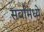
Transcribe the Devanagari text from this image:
सर्वामध्ये